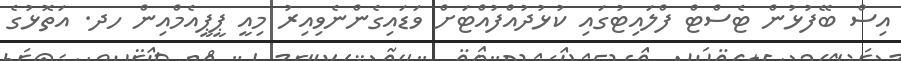
އިސް ބޭފުޅުން ޓެސްޓް ފްލައިޓުގައި ކުޅުދުއްފުއްޓަށް ވަޑައިގެންނެވިއިރު މިއީ ޕީޕީއެމްއިން ހދ. އަތޮޅުގެ